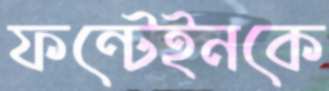
ফন্টেইনকে